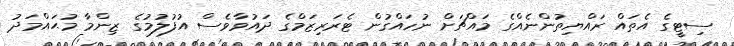
ސިޓީގެ އެތައް ރައްޔިތުންނެއްގެ މައްޗަށް ނުހައްގުން ޓެރަރިޒަމްގެ ދައުވާވެސް އުފުލުމުގެ ޒިންމާ މުޙައްމަދު